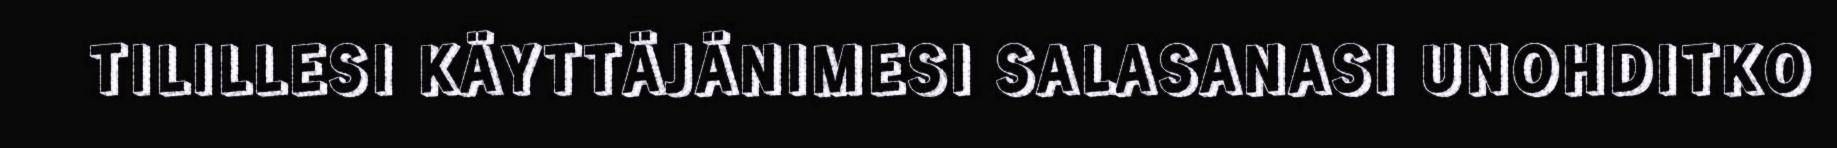
TILILLESI KÄYTTÄJÄNIMESI SALASANASI UNOHDITKO